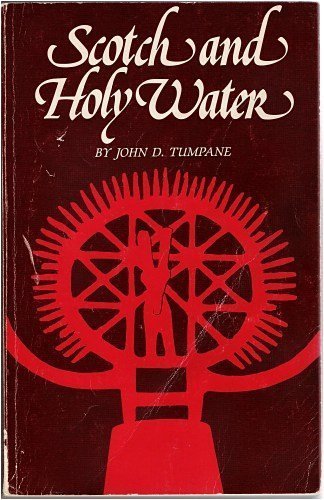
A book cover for Scotch and Holy Water; John D. Tumpane; History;